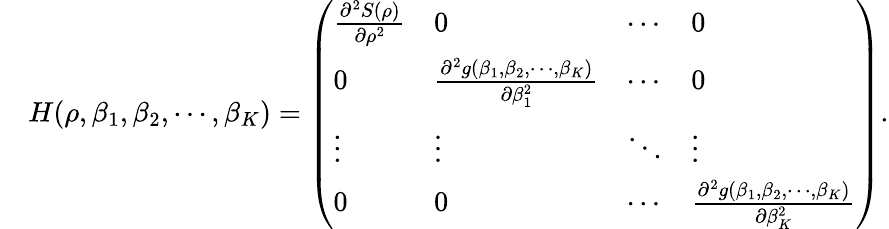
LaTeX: \begin{array}{rl}&{H(\rho,\beta_{1},\beta_{2},\cdots,\beta_{K})=\left(\begin{array}{llll}{\frac{\partial^{2}S(\rho)}{\partial\rho^{2}}}&{0}&{\cdots}&{0}\\ {0}&{\frac{\partial^{2}g(\beta_{1},\beta_{2},\cdots,\beta_{K})}{\partial\beta_{1}^{2}}}&{\cdots}&{0}\\ {\vdots}&{\vdots}&{\ddots}&{\vdots}\\ {0}&{0}&{\cdots}&{\frac{\partial^{2}g(\beta_{1},\beta_{2},\cdots,\beta_{K})}{\partial\beta_{K}^{2}}}\end{array}\right).}\end{array}